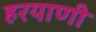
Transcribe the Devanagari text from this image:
हरयाणी